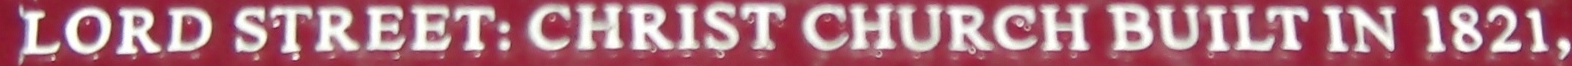
LORD STREET:CHRIST CHURCH BUILT IN 1821,